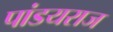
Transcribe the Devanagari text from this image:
पांडयराज